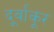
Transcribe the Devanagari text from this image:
दूर्वांकूर